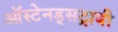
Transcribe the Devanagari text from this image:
ऑस्टेनड्सट्राबी